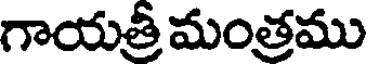
గాయత్రీ మంత్రము